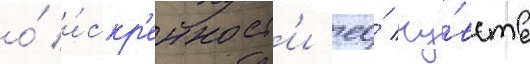
о́ и́скр'енност'и ео́ чу́вств